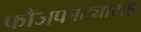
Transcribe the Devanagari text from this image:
फौजफाट्यासह